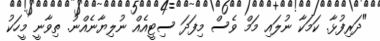
"ދަރިފުޅާ. ކަމަކާ ނުލައި މަމް ވެސް މިފަދަ ސިޓީއެއް ނުލިޔާނެއްނު. ތިވާނީ މީހަކު